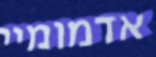
אדמומיי